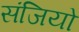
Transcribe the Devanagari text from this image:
संजियो